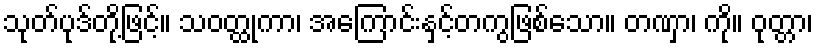
သုတ်ပုဒ်တို့ဖြင့်။ သဝတ္ထုကာ၊ အကြောင်းနှင့်တကွဖြစ်သော။ တဏှာ၊ ကို။ ဝုတ္တာ၊